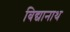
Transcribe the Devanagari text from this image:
बिद्यानाथ